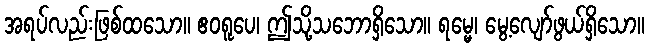
အရပ်လည်းဖြစ်ထသော။ ဧဝရူပေ၊ ဤသို့သဘောရှိသော။ ရမ္မေ၊ မွေ့လျော်ဖွယ်ရှိသော။